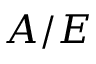
A / E